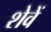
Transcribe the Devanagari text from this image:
शेवें